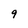
Character: 9